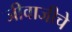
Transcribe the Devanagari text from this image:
जीवाजीचे